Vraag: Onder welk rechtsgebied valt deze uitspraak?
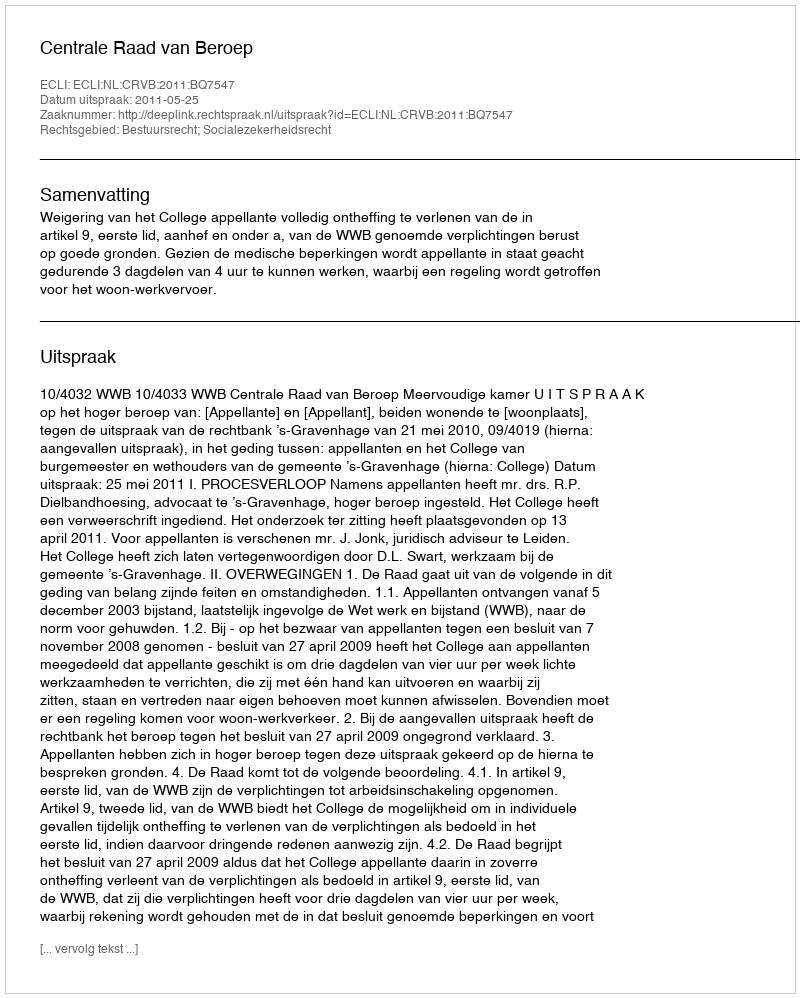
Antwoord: Bestuursrecht; Socialezekerheidsrecht